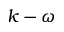
k - \omega